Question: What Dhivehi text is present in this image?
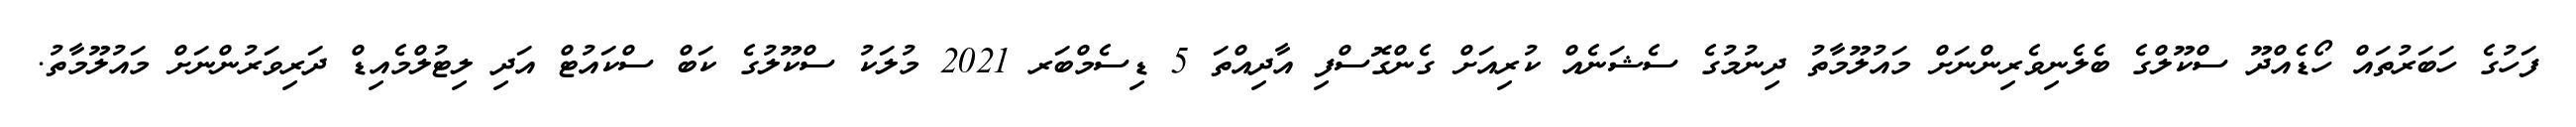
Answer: ފަހުގެ ހަބަރުތައް ހޯޑެއްދޫ ސްކޫލްގެ ބެލެނިވެރިންނަށް މައުލޫމާތު ދިނުމުގެ ސެޝަނެއް ކުރިއަށް ގެންގޮސްފި އާދިއްތަ 5 ޑިސެމްބަރ 2021 މުލަކު ސްކޫލުގެ ކަބް ސްކައުޓް އަދި ލިޓުލްމެއިޑް ދަރިވަރުންނަށް މައުލޫމާތު.